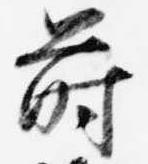
蒔